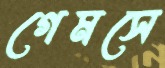
গেমসে